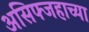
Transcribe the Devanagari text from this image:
असिफ्जहाच्या